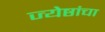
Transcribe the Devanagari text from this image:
ज्येष्ठांचा